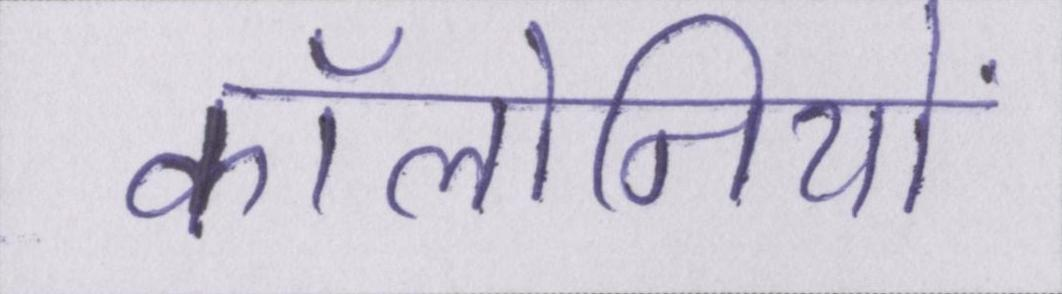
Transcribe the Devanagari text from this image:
कॉलोनियों